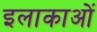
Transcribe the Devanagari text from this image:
इलाकाओं